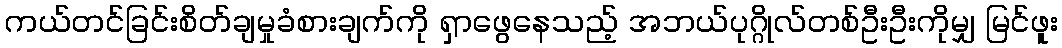
ကယ်တင်ခြင်းစိတ်ချမှုခံစားချက်ကို ရှာဖွေနေသည့် အဘယ်ပုဂ္ဂိုလ်တစ်ဦးဦးကိုမျှ မြင်ဖူး